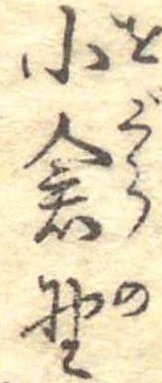
小倉野